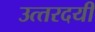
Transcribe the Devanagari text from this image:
उत्‍तरदयी